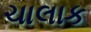
ચાલાક